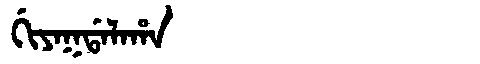
Manchu: ᡤᡳᠶᠠᡴᡩᠠᠯᠠᡥᠠ
Romanization: GIYAKDALAHA